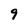
Character: 9